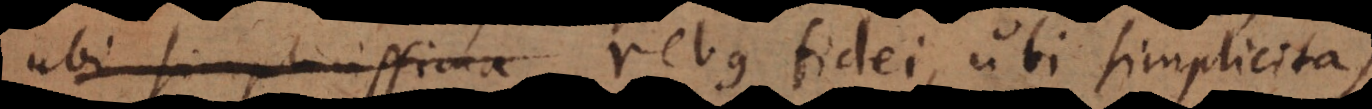
ubi simplicissima rebus fidei, ubi simplicitas